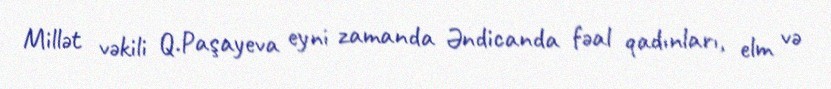
Millət vəkili Q.Paşayeva eyni zamanda Əndicanda fəal qadınları, elm və